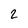
Character: 2